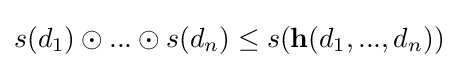
s(d_{1})\odot ...\odot s(d_{n})\leq s(\mathbf {h} (d_{1},...,d_{n}))